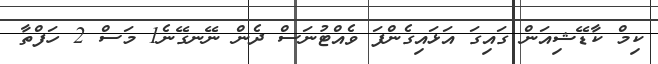
ކިމް ކާޑޭޝިއަން ގައިގަ އަޅައިގެންފަ ވެއްޓުނަސް ދެން ނޭނގޭނެ1 މަސް 2 ހަފްތާ